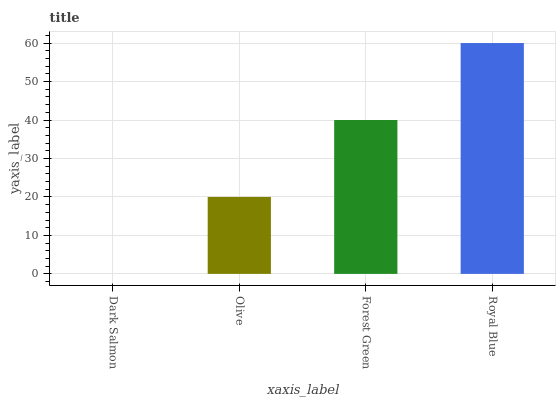
| xaxis_label | bars |
 | --- | --- |
 | Dark Salmon | 0 |
 | Olive | 20 |
 | Forest Green | 40 |
 | Royal Blue | 60 |